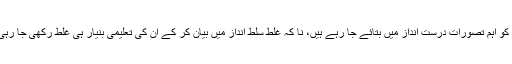
سب سے اہم بات یہ کہ آپ کو یہ اطمینان ہوتا ہے کہ بچوں کو اہم تصورات درست انداز میں بتائے جا رہے ہیں، نا کہ غلط سلط انداز میں بیان کر کے ان کی تعلیمی بنیار ہی غلط رکھی جا رہی ہے، جیسا کے ہمارے سرکاری سکولوں میں اکثرہوتا ہے۔